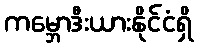
ကမ္ဘောဒီးယားနိုင်ငံရှိ